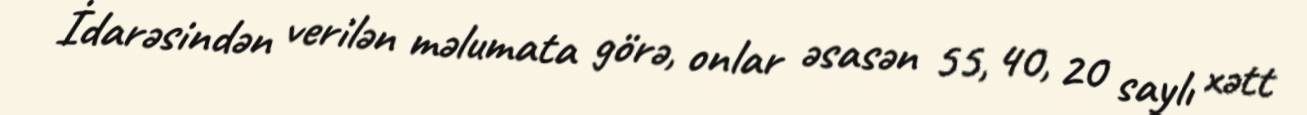
İdarəsindən verilən məlumata görə, onlar əsasən 55, 40, 20 saylı xətt